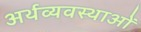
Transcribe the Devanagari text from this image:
अर्थव्यवस्थाआें